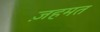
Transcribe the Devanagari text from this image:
ज़हमत